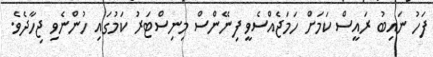
ފަހު ނައިބު ރައީސް ކަމަށް ހަމަޖެއްސެވީ ފިނޭންސް މިނިސްޓަރު ކަމުގައި ހުންނެވި ޖިހާދެވެ.